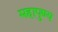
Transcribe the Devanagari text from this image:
महापुण्य